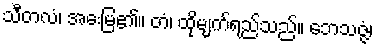
သီတလံ၊ အေးမြ၏။ တံ၊ ထိုမျက်ရည်သည်။ ဘေသဇ္ဇံ၊